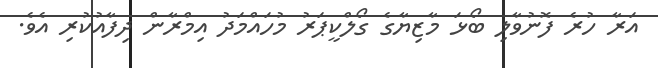
އަރާ ހުރެ ފޮނުވާލި ބޯޅަ މާޒިޔާގެ ގޯލްކީޕަރު މުހައްމަދު އިމްރާން ދިފާއުކުރި އެވެ.